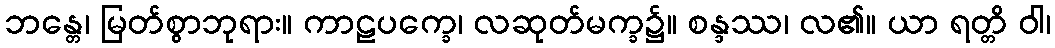
ဘန္တေ၊ မြတ်စွာဘုရား။ ကာဠပက္ခေ၊ လဆုတ်မက္ခ၌။ စန္ဒဿ၊ လ၏။ ယာ ရတ္တိ ဝါ၊